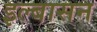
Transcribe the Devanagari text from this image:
इल्बासन